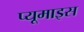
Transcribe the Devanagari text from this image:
प्यूमाइस